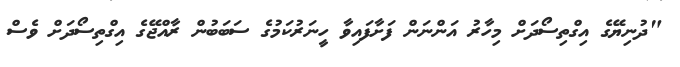
"ދުނިޔޭގެ އިގްތިސޯދަށް މިހާރު އަންނަން ފަށާފައިވާ ހީނަރުކަމުގެ ސަބަބުން ރާއްޖޭގެ އިގްތިސޯދަށް ވެސް